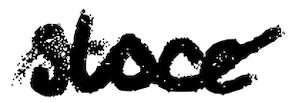
Text: store
Cross-out: wave
Writing tool: digital_black